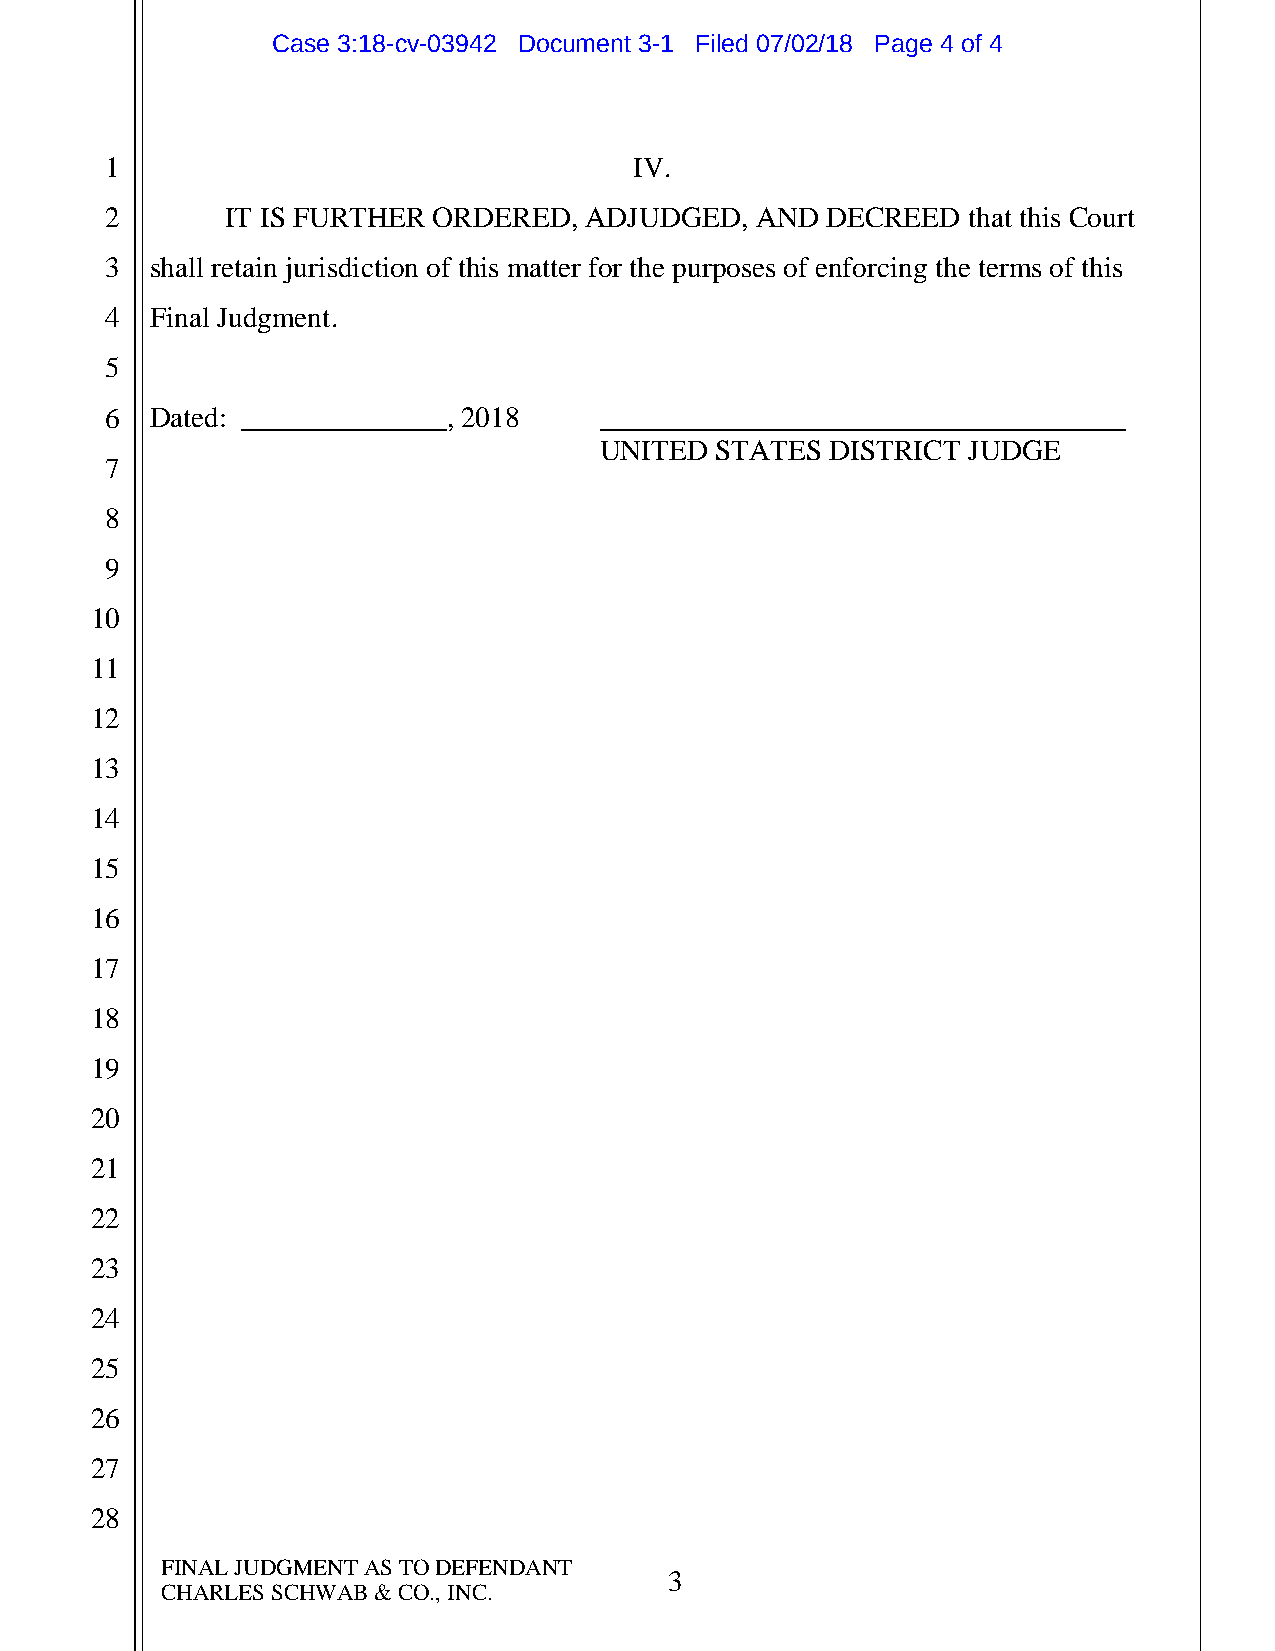
Case 3:18-cv-03942 Document 3-1 Filed 07/02/18 Page 4 of 4
 1                                  IV.
 2       IT IS FURTHER ORDERED,  ADJUDGED,  AND  DECREED  that this Court
 3  shall retain jurisdiction of this matter for the purposes of enforcing the terms of this
 4  Final Judgment.
 5
 6  Dated: ______________, 2018   ____________________________________
 UNITED STATES  DISTRICT JUDGE
 7
 8
 9
 10
 11
 12
 13
 14
 15
 16
 17
 18
 19
 20
 21
 22
 23
 24
 25
 26
 27
 28
 FINAL JUDGMENT AS TO DEFENDANT
 3
 CHARLES SCHWAB & CO., INC.